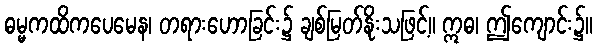
ဓမ္မကထိကပေမေန၊ တရားဟောခြင်း၌ ချစ်မြတ်နိုးသဖြင့်။ ဣဓ၊ ဤကျောင်း၌။